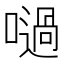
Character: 㗻